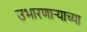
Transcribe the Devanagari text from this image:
उभारणार्‍याच्या